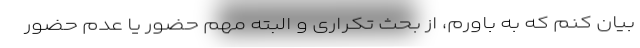
بیان کنم که به باورم، از بحث تکراری و البته مهم حضور یا عدم حضور